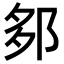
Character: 𨛅